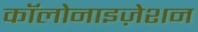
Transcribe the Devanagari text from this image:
कॉलोनाइज़ेशन